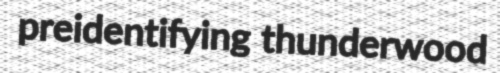
preidentifying thunderwood